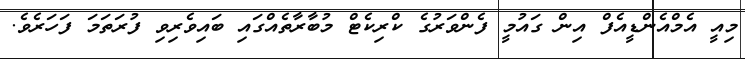
މިއީ އެމްއެންޑީއެފް އިން ގައުމީ ފެންވަރުގެ ކްރިކެޓް މުބާރާތެއްގައި ބައިވެރިވި ފުރަތަމަ ފަހަރެވެ.